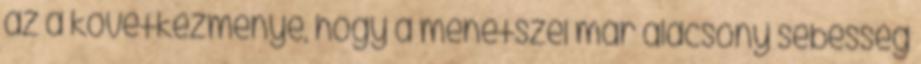
az a következménye, hogy a menetszél már alacsony sebesség